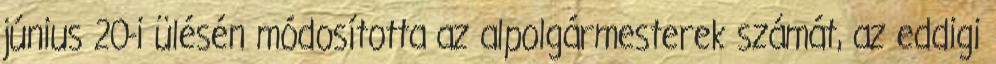
június 20-i ülésén módosította az alpolgármesterek számát, az eddigi